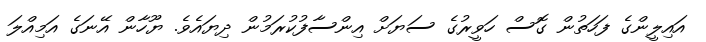
އައިލީންގެ ފަހަތުން ގޮސް ހަވީރުގެ ސަޔަށް އިންސާފުކުރަމުން ދިޔައެވެ. ޔޫހާން އޭނަގެ އަމިއްލަ